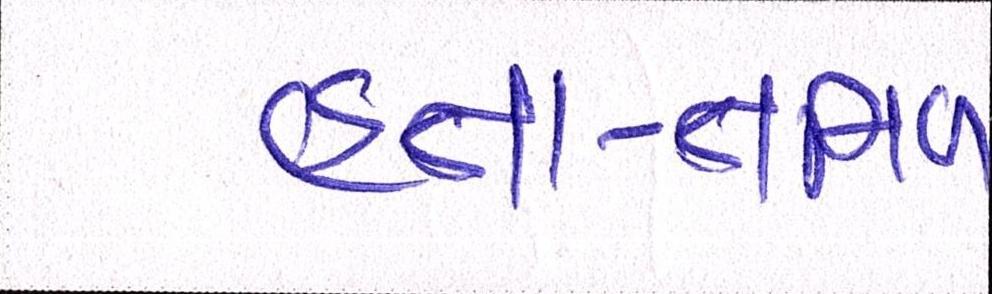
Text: હતા-તમિળ